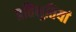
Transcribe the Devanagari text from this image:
प्रतिभुतियां